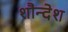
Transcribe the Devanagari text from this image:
शौन्देश